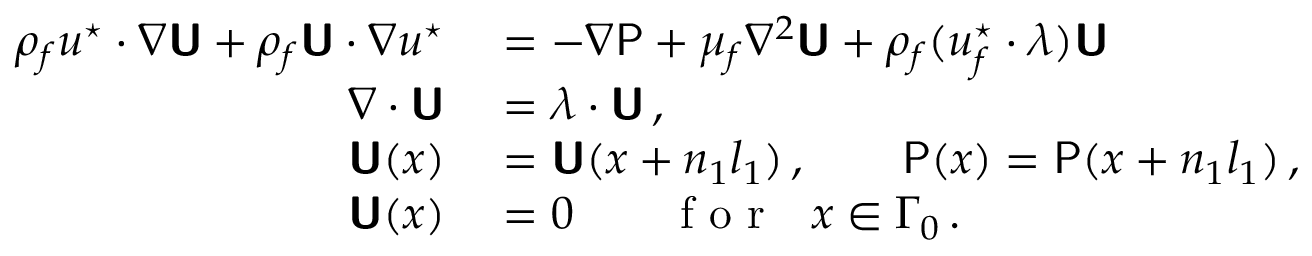
\begin{array} { r l } { \rho _ { f } \boldsymbol { u } ^ { \star } \boldsymbol { \cdot } \boldsymbol { \nabla } \boldsymbol { \mathsf { U } } + \rho _ { f } \boldsymbol { \mathsf { U } } \boldsymbol { \cdot } \boldsymbol { \nabla } \boldsymbol { u } ^ { \star } } & { { } = - \boldsymbol { \nabla } \mathsf { P } + \mu _ { f } \nabla ^ { 2 } \boldsymbol { \mathsf { U } } + \rho _ { f } ( \boldsymbol { u } _ { f } ^ { \star } \boldsymbol { \cdot } \boldsymbol { \lambda } ) \boldsymbol { \mathsf { U } } } \\ { \boldsymbol { \nabla } \boldsymbol { \cdot } \boldsymbol { \mathsf { U } } } & { { } = \boldsymbol { \lambda } \boldsymbol { \cdot } \boldsymbol { \mathsf { U } } \, , } \\ { \boldsymbol { \mathsf { U } } ( \boldsymbol { x } ) } & { { } = \boldsymbol { \mathsf { U } } ( \boldsymbol { x } + n _ { 1 } \boldsymbol { l } _ { 1 } ) \, , \qquad \mathsf { P } ( \boldsymbol { x } ) = \mathsf { P } ( \boldsymbol { x } + n _ { 1 } \boldsymbol { l } _ { 1 } ) \, , } \\ { \boldsymbol { \mathsf { U } } ( \boldsymbol { x } ) } & { { } = 0 \qquad \mathrm { ~ f ~ o ~ r ~ } ~ ~ \boldsymbol { x } \in \Gamma _ { 0 } \, . } \end{array}